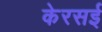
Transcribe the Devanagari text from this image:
केरसई